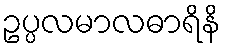
ဥပ္ပလမာလဓာရိနိ